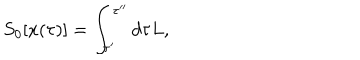
S _ { 0 } [ x ( \tau ) ] = \int _ { \tau ^ { \prime } } ^ { \tau ^ { \prime \prime } } d \tau L ,